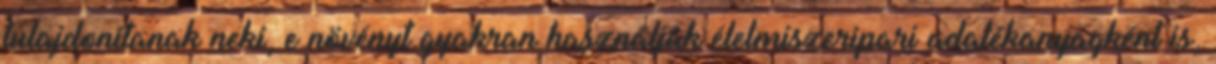
tulajdonítanak neki, e növényt gyakran használják élelmiszeripari adalékanyagként is,